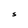
Character: S